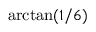
\arctan ( 1 / 6 )